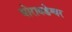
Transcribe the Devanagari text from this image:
घोरावडेश्वर